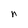
Character: n